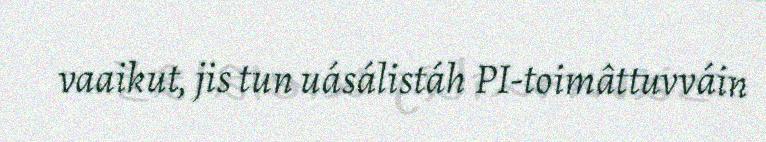
vaaikut, jis tun uásálistáh PI-toimâttuvváin